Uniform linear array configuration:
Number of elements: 32
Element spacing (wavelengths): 0.5
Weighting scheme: blackman
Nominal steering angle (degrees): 60
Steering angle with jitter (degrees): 60.692
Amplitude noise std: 0.05
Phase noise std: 0.05

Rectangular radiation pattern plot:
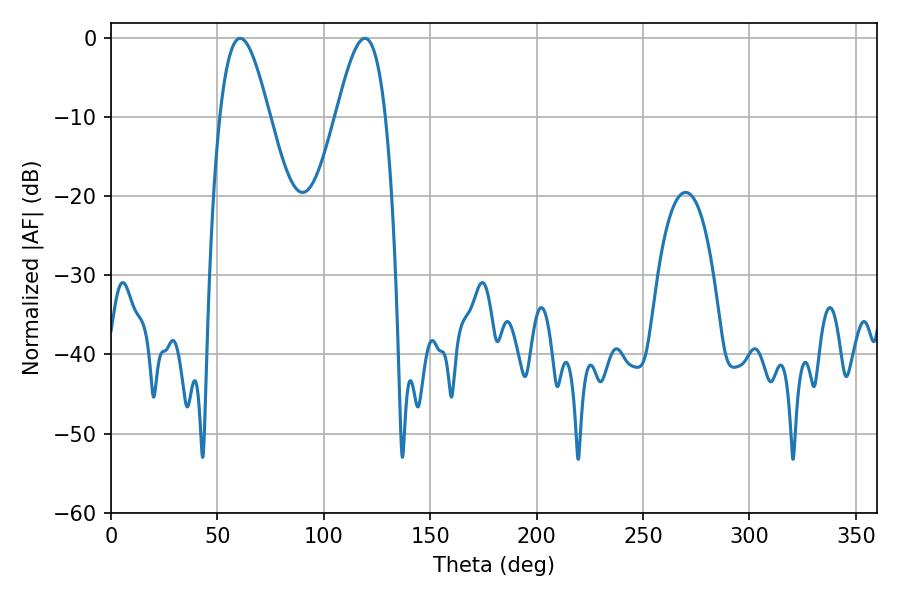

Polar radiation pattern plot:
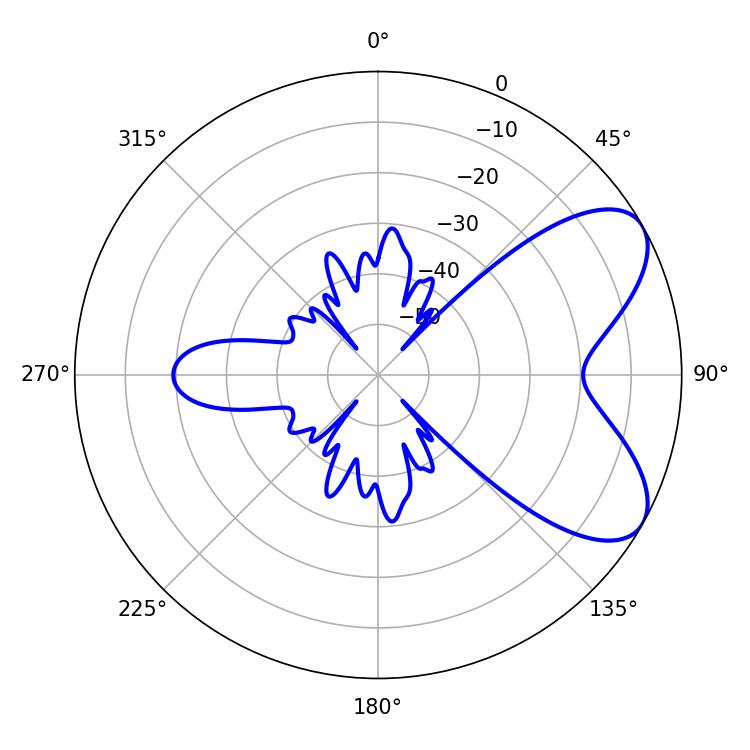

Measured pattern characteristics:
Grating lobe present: FALSE
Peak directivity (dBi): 6.745
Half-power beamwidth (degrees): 12.6
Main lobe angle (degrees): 60.66